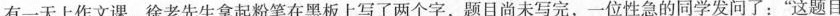
有一天上作文课，徐老先生拿起粉笔在黑板上写了两个字，题目尚未写完，一位性急的同学发问了：”这题目